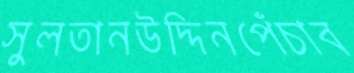
সুলতানউদ্দিনপেঁচাব